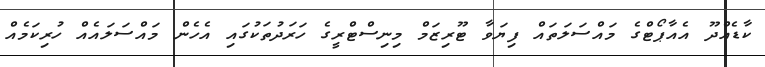
ކާޑެއްދޫ އެއާޕޯޓްގެ މައްސަލަތައް ފިޔަވާ ޓޫރިޒަމް މިނިސްޓްރީގެ ހަރަދުތަކުގައި އެހެން މައްސަލައެއް ހުރިކަމެއް